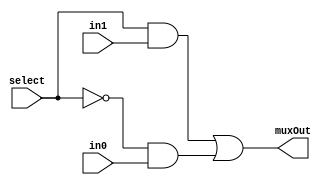
`timescale 1ns / 1ps
//////////////////////////////////////////////////////////////////////////////////
// Company: 
// Engineer: 
// 
// Design Name: 
// Module Name:    mux 
// Project Name: 
// Target Devices: 
// Tool versions: 
// Description: 
//
// Dependencies: 
//
// Revision: 
// Revision 0.01 - File Created
// Additional Comments: 
//
//////////////////////////////////////////////////////////////////////////////////
module mux2to1_1bits(input in0, input in1, input select, output muxOut);
      wire nselect;
		wire muxt1;
		wire muxt2;
		not n1(nselect,select);
		and b1(muxt1,nselect,in0);
		and b2(muxt2,select,in1);
		
		or o1(muxOut,muxt2,muxt1);
endmodule

module multiplexer4to1_1bit(output X ,input A0, input A1,input A2, input A3,
									  input S1, S0);
	wire t1;
	wire t2;
	mux2to1_1bits m1(A0,A1,S0,t1);
	mux2to1_1bits m2(A2,A3,S0,t2);
	mux2to1_1bits mf(t1,t2,S1,X);

endmodule

module mux2to1_32bits(input [31:0] in0, input [31:0] in1, input select, output [31:0] muxOut);
      wire nselect;
		wire [31:0]muxt1;
		wire [31:0]muxt2;
		not n1(nselect,select);
		and b1(muxt1[0],nselect,in0[0]);
		and b2(muxt1[1],nselect,in0[1]);
		and b3(muxt1[2],nselect,in0[2]);
		and b4(muxt1[3],nselect,in0[3]);
		and b5(muxt1[4],nselect,in0[4]);
		and b6(muxt1[5],nselect,in0[5]);
		and b7(muxt1[6],nselect,in0[6]);
		and b8(muxt1[7],nselect,in0[7]);
		and b9(muxt1[8],nselect,in0[8]);
		and b10(muxt1[9],nselect,in0[9]);
		and b11(muxt1[10],nselect,in0[10]);
		and b12(muxt1[11],nselect,in0[11]);
		and b13(muxt1[12],nselect,in0[12]);
		and b14(muxt1[13],nselect,in0[13]);
		and b15(muxt1[14],nselect,in0[14]);
		and b16(muxt1[15],nselect,in0[15]);
		and b17(muxt1[16],nselect,in0[16]);
		and b18(muxt1[17],nselect,in0[17]);
		and b19(muxt1[18],nselect,in0[18]);
		and b20(muxt1[19],nselect,in0[19]);
		and b21(muxt1[20],nselect,in0[20]);
		and b22(muxt1[21],nselect,in0[21]);
		and b23(muxt1[22],nselect,in0[22]);
		and b24(muxt1[23],nselect,in0[23]);
		and b25(muxt1[24],nselect,in0[24]);
		and b26(muxt1[25],nselect,in0[25]);
		and b27(muxt1[26],nselect,in0[26]);
		and b28(muxt1[27],nselect,in0[27]);
		and b29(muxt1[28],nselect,in0[28]);
		and b30(muxt1[29],nselect,in0[29]);
		and b31(muxt1[30],nselect,in0[30]);
		and b32(muxt1[31],nselect,in0[31]);
		
		
		
		and a1(muxt2[0],select,in1[0]);
		and a2(muxt2[1],select,in1[1]);
		and a3(muxt2[2],select,in1[2]);
		and a4(muxt2[3],select,in1[3]);
		and a5(muxt2[4],select,in1[4]);
		and a6(muxt2[5],select,in1[5]);
		and a7(muxt2[6],select,in1[6]);
		and a8(muxt2[7],select,in1[7]);
		and a9(muxt2[8],select,in1[8]);
		and a10(muxt2[9],select,in1[9]);
		and a11(muxt2[10],select,in1[10]);
		and a12(muxt2[11],select,in1[11]);
		and a13(muxt2[12],select,in1[12]);
		and a14(muxt2[13],select,in1[13]);
		and a15(muxt2[14],select,in1[14]);
		and a16(muxt2[15],select,in1[15]);
		and a17(muxt2[16],select,in1[16]);
		and a18(muxt2[17],select,in1[17]);
		and a19(muxt2[18],select,in1[18]);
		and a20(muxt2[19],select,in1[19]);
		and a21(muxt2[20],select,in1[20]);
		and a22(muxt2[21],select,in1[21]);
		and a23(muxt2[22],select,in1[22]);
		and a24(muxt2[23],select,in1[23]);
		and a25(muxt2[24],select,in1[24]);
		and a26(muxt2[25],select,in1[25]);
		and a27(muxt2[26],select,in1[26]);
		and a28(muxt2[27],select,in1[27]);
		and a29(muxt2[28],select,in1[28]);
		and a30(muxt2[29],select,in1[29]);
		and a31(muxt2[30],select,in1[30]);
		and a32(muxt2[31],select,in1[31]);
		
		or o1(muxOut[0],muxt2[0],muxt1[0]);
		or o2(muxOut[1],muxt2[1],muxt1[1]);
		or o3(muxOut[2],muxt2[2],muxt1[2]);
		or o4(muxOut[3],muxt2[3],muxt1[3]);
		or o5(muxOut[4],muxt2[4],muxt1[4]);
		or o6(muxOut[5],muxt2[5],muxt1[5]);
		or o7(muxOut[6],muxt2[6],muxt1[6]);
		or o8(muxOut[7],muxt2[7],muxt1[7]);
		or o9(muxOut[8],muxt2[8],muxt1[8]);
		or o10(muxOut[9],muxt2[9],muxt1[9]);
		or o11(muxOut[10],muxt2[10],muxt1[10]);
		or o12(muxOut[11],muxt2[11],muxt1[11]);
		or o13(muxOut[12],muxt2[12],muxt1[12]);
		or o14(muxOut[13],muxt2[13],muxt1[13]);
		or o15(muxOut[14],muxt2[14],muxt1[14]);
		or o16(muxOut[15],muxt2[15],muxt1[15]);
		or o17(muxOut[16],muxt2[16],muxt1[16]);
		or o18(muxOut[17],muxt2[17],muxt1[17]);
		or o19(muxOut[18],muxt2[18],muxt1[18]);
		or o20(muxOut[19],muxt2[19],muxt1[19]);
		or o21(muxOut[20],muxt2[20],muxt1[20]);
		or o22(muxOut[21],muxt2[21],muxt1[21]);
		or o23(muxOut[22],muxt2[22],muxt1[22]);
		or o24(muxOut[23],muxt2[23],muxt1[23]);
		or o25(muxOut[24],muxt2[24],muxt1[24]);
		or o26(muxOut[25],muxt2[25],muxt1[25]);
		or o27(muxOut[26],muxt2[26],muxt1[26]);
		or o28(muxOut[27],muxt2[27],muxt1[27]);
		or o29(muxOut[28],muxt2[28],muxt1[28]);
		or o30(muxOut[29],muxt2[29],muxt1[29]);
		or o31(muxOut[30],muxt2[30],muxt1[30]);
		or o32(muxOut[31],muxt2[31],muxt1[31]);
	
endmodule

module multiplexer4to1_32bit(output [31:0] X ,input [31:0] A0, input [31:0] A1,input [31:0] A2, input [31:0] A3,
									  input S1, S0);
	wire [31:0] t1;
	wire [31:0] t2;
	mux2to1_32bits m1(A0,A1,S0,t1);
	mux2to1_32bits m2(A2,A3,S0,t2);
	mux2to1_32bits mf(t1,t2,S1,X);

endmodule